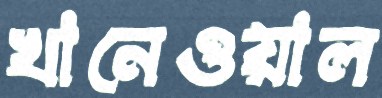
খানেওয়াল